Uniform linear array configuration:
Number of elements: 32
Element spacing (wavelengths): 1
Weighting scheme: hann
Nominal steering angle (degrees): -15
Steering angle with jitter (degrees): -15.779
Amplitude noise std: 0.05
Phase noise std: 0.05

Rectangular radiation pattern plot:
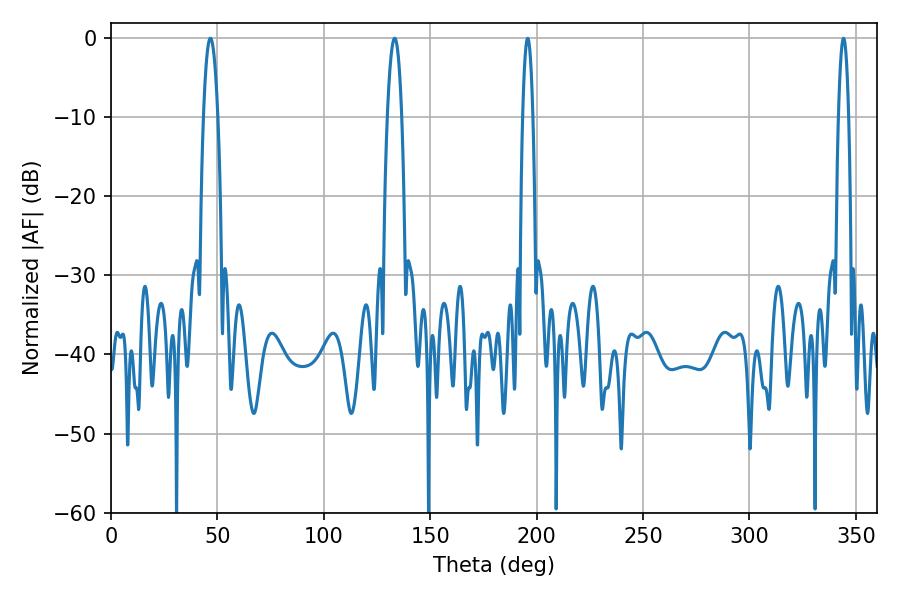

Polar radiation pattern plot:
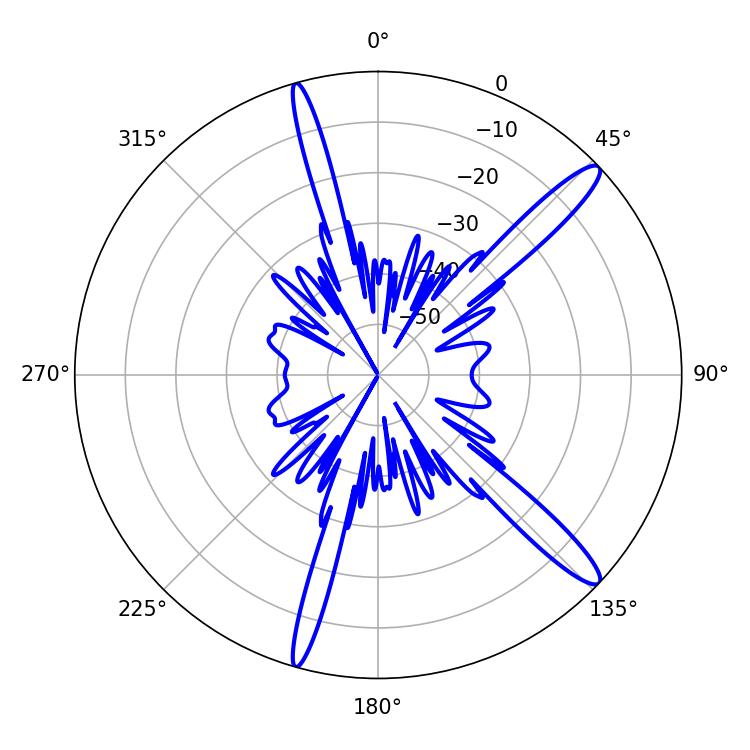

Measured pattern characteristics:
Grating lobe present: TRUE
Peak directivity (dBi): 14.214
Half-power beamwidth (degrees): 2.52
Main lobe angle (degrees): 344.16